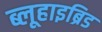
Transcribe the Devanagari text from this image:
ब्लूहाइब्रिड